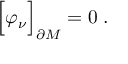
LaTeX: \Bigr [ \varphi _ { \nu } \Bigr ] _ { \partial M } = 0 \; .